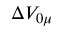
\Delta V _ { 0 \mu }